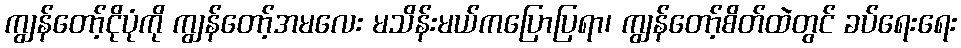
ကျွန်တော့်ငိုပုံကို ကျွန်တော့်အမလေး မသိန်းမယ်ကပြောပြရာ၊ ကျွန်တော့်စိတ်ထဲတွင် ခပ်ရေးရေး